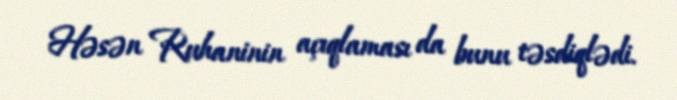
Həsən Ruhaninin açıqlaması da bunu təsdiqlədi.